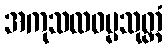
အကုသလဓမ္မသုတ္တံ